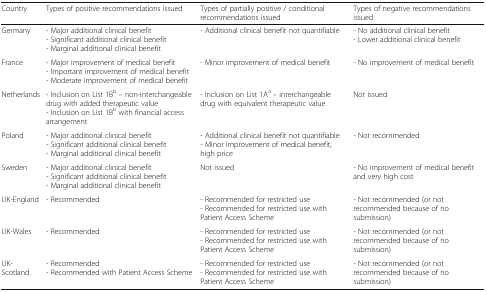
| Country | Types of positive recommendations issued | Types of partially positive / conditional recommendations issued | Types of negative recommendations issued |
 | --- | --- | --- | --- |
 | Germany | - Major additional clinical benefit- Significant additional clinical benefit- Marginal additional clinical benefit | - Additional clinical benefit not quantifiable | - No additional clinical benefit- Lower additional clinical benefit |
 | France | - Major improvement of medical benefit- Important improvement of medical benefit- Moderate improvement of medical benefit | - Minor improvement of medical benefit | - No improvement of medical benefit |
 | Netherlands | - Inclusion on List 1Bb – non-interchangeable drug with added therapeutic value- Inclusion on List 1Bb with financial access arrangement | - Inclusion on List 1Aa – interchangeable drug with equivalent therapeutic value | Not issued |
 | Poland | - Major additional clinical benefit- Significant additional clinical benefit- Marginal additional clinical benefit | - Additional clinical benefit not quantifiable- Minor improvement of medical benefit, high price | - Not recommended |
 | Sweden | - Major additional clinical benefit- Significant additional clinical benefit- Marginal additional clinical benefit | Not issued | - No improvement of medical benefit and very high cost |
 | UK-England | - Recommended | - Recommended for restricted use- Recommended for restricted use with Patient Access Scheme | - Not recommended (or not recommended because of no submission) |
 | UK-Wales | - Recommended | - Recommended for restricted use- Recommended for restricted use with Patient Access Scheme | - Not recommended (or not recommended because of no submission) |
 | UK-Scotland | - Recommended- Recommended with Patient Access Scheme | - Recommended for restricted use- Recommended for restricted use with Patient Access Scheme | - Not recommended (or not recommended because of no submission) |